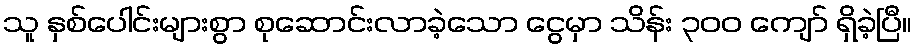
သူ နှစ်ပေါင်းများစွာ စုဆောင်းလာခဲ့သော ငွေမှာ သိန်း ၃၀၀ ကျော် ရှိခဲ့ပြီ။